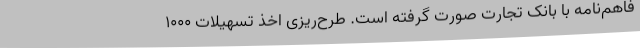
فاهم‌نامه با بانک تجارت صورت گرفته است. طرح‌ریزی اخذ تسهیلات 1000